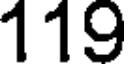
119